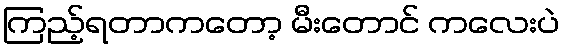
ကြည့်ရတာကတော့ မီးတောင် ကလေးပဲ